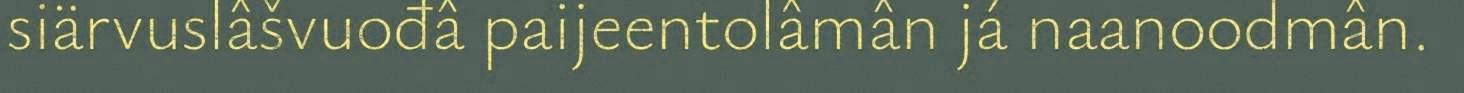
siärvuslâšvuođâ paijeentolâmân já naanoodmân.